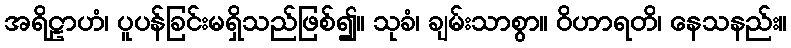
အရိဠာဟံ၊ ပူပန်ခြင်းမရှိသည်ဖြစ်၍။ သုခံ၊ ချမ်းသာစွာ။ ဝိဟာရတိ၊ နေသနည်း။